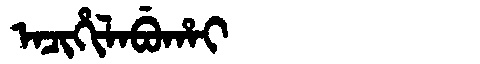
Manchu: ᠠᠴᡳᡥᡳᠯᠠᠪᡠᡥᠠᡳ
Romanization: ACIHILABUHAI